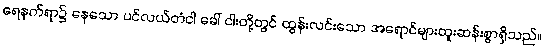
ရေနက်ရာ၌ နေသော ပင်လယ်တံငါ ခေါ် ငါးတို့တွင် ထွန်းလင်းသော အရောင်များထူးဆန်းစွာရှိသည်။